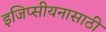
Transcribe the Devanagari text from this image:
इजिप्सीयनासाठी